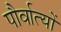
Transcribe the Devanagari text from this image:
पौर्वात्यों